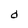
Character: d